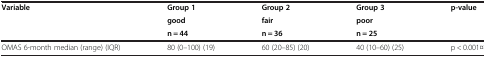
<table><thead><tr><td rowspan="3"><b>Variable</b></td><td><b>Group 1</b></td><td><b>Group 2</b></td><td><b>Group 3</b></td><td rowspan="3"><b>p-value</b></td></tr><tr><td><b>good</b></td><td><b>fair</b></td><td><b>poor</b></td></tr><tr><td><b>n = 44</b></td><td><b>n = 36</b></td><td><b>n = 25</b></td></tr></thead><tbody><tr><td>OMAS 6-month median (range) (IQR)</td><td>80 (0–100) (19)</td><td>60 (20–85) (20)</td><td>40 (10–60) (25)</td><td>p &lt; 0.001¤</td></tr></tbody></table>